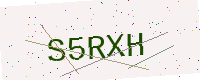
Text: S5RXH